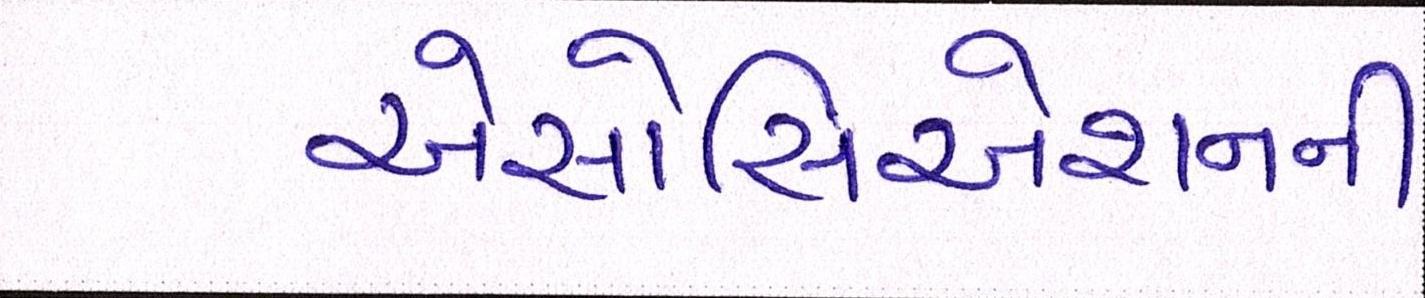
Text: એસોસિએશનની